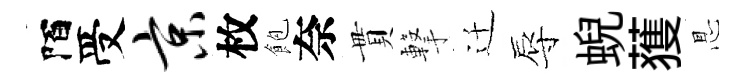
陌受京枚飽奈貫撃迁辱蜺𫉬㤙